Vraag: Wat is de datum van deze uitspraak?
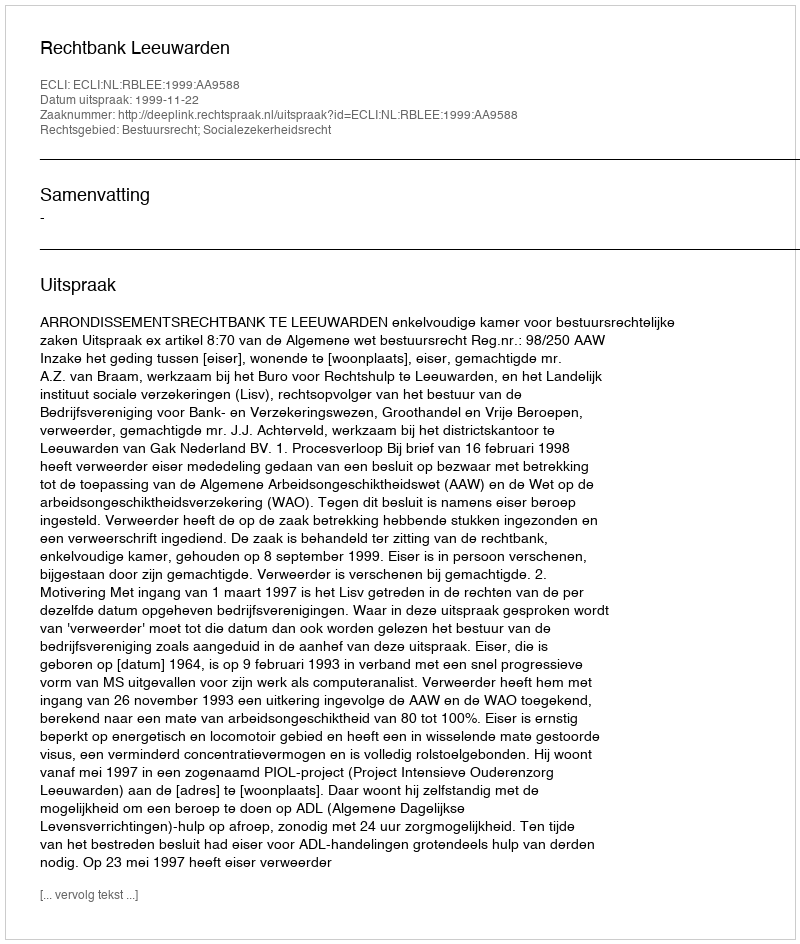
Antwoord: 1999-11-22